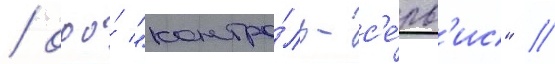
/ ооо́ "контро́ль-с'е́рв'ис" //